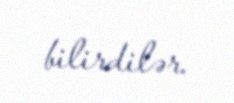
bilirdilər.